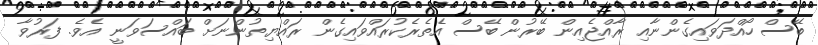
ބޭސް ހޯއްދަވައިގެންނާއި ރާއްޖެއިން ބޭރުން ބޭސް އެތެރެކުރައްވައިގެން ރައްޔިތުންނަށް ބައްސަވަނީ އެވެ. ފަރުވާ